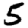
Digit: 5